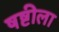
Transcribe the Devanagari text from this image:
षष्टीला